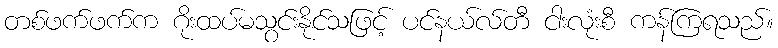
တစ်ဖက်ဖက်က ဂိုးထပ်မသွင်းနိုင်သဖြင့် ပင်နယ်လ်တီ ငါးလုံးစီ ကန်ကြရသည်။